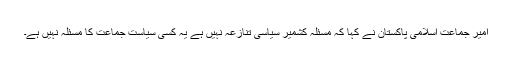
امیر جماعت اسلامی پاکستان نے کہا کہ مسئلہ کشمیر سیاسی تنازعہ نہیں ہے یہ کسی سیاست جماعت کا مسئلہ نہیں ہے۔